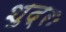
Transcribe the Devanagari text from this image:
शुद्रः